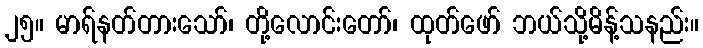
၂၅။ မာရ်နတ်တားသော်၊ တို့လောင်းတော်၊ ထုတ်ဖော် ဘယ်သို့မိန့်သနည်း။